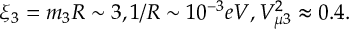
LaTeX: \xi _ { 3 } = m _ { 3 } R \sim 3 , 1 / R \sim 1 0 ^ { - 3 } e V , V _ { \mu 3 } ^ { 2 } \approx 0 . 4 .